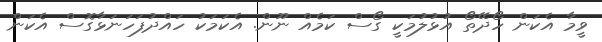
ވީމާ އެކަން ހޯދޭތޯ އުޅުލުމަކީ ގޯސް ކަމެއް ނޫން. އެކަމަކު ހައްދުފަހަނަޅާގޮސް އެކަން